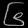
Digit: ၆